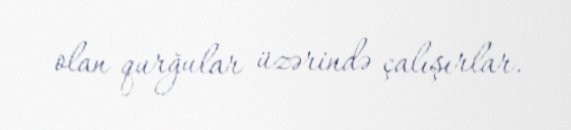
olan qurğular üzərində çalışırlar.